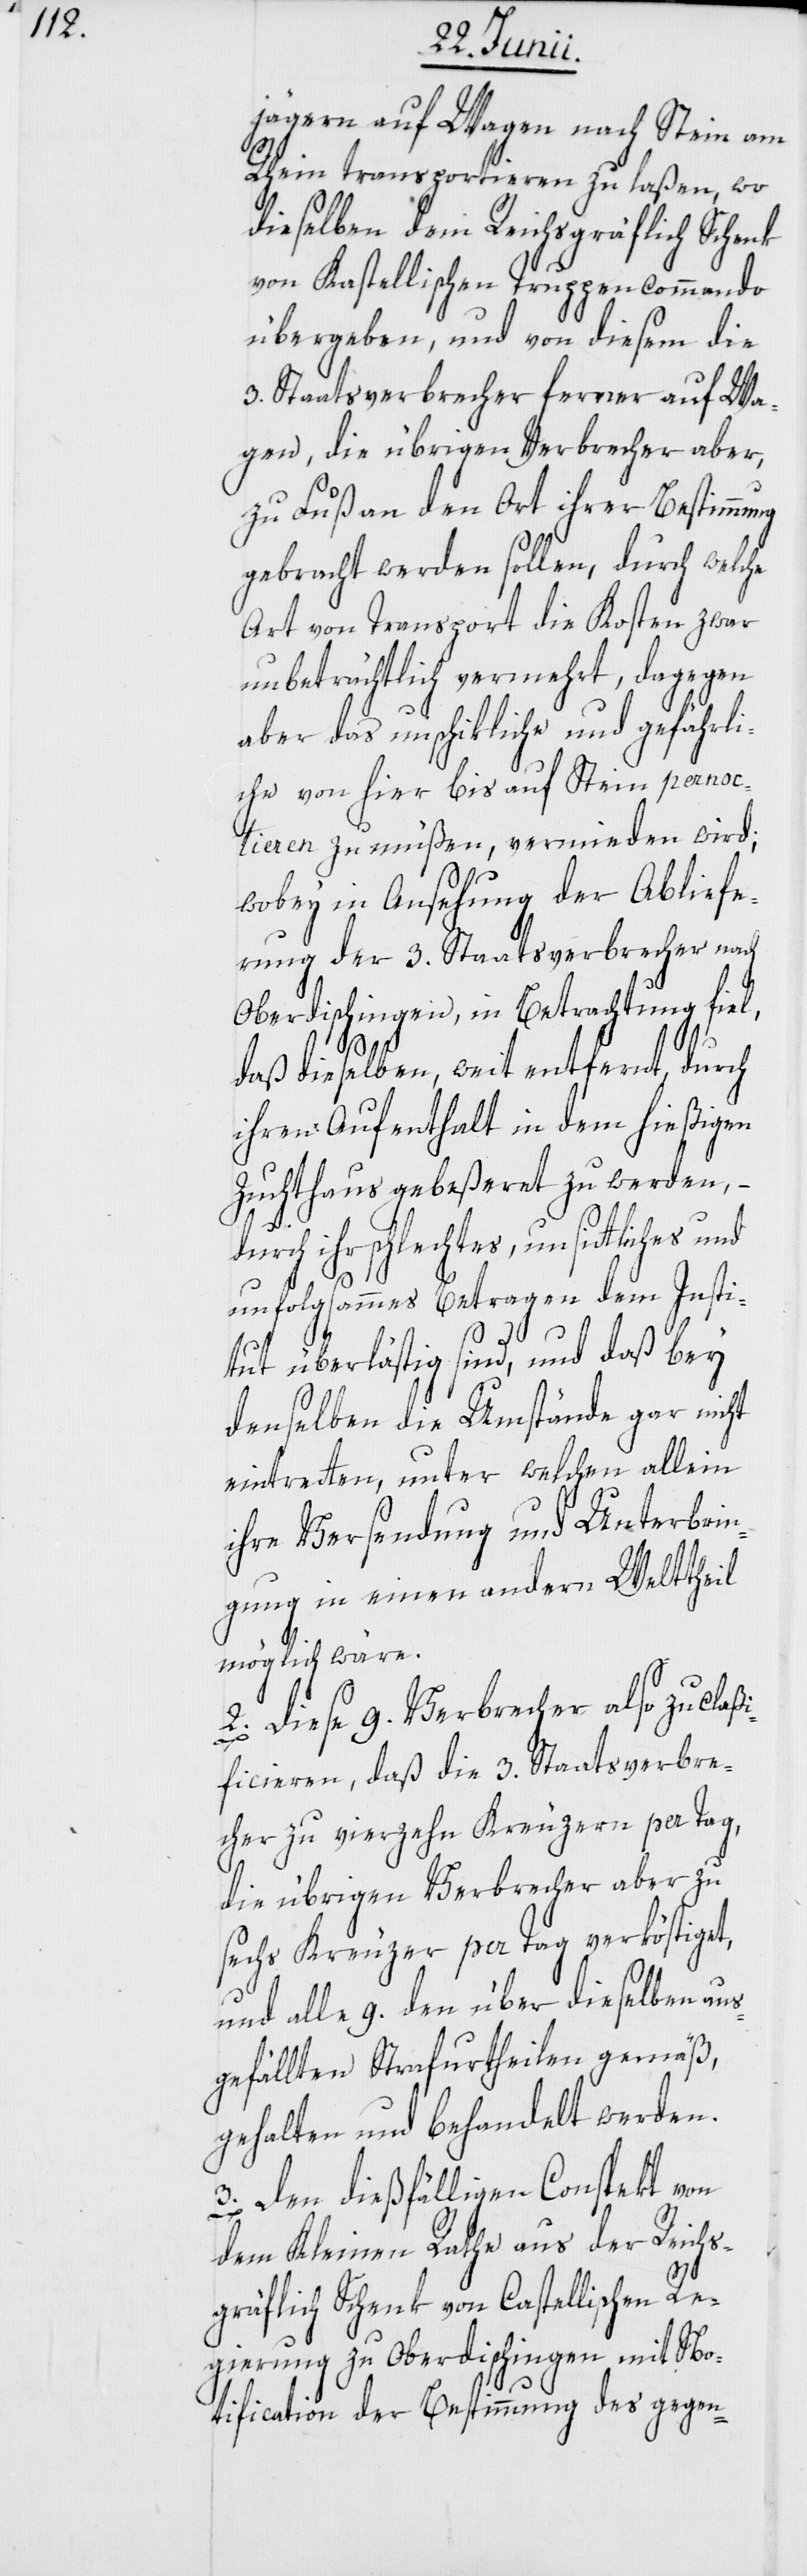
jägern auf Wagen nach Stein am
Rhein transportieren zu laßen, wo
dieselben dem Reichsgräflich Schenk
von Kastellischen Truppencommando
übergeben, und von diesem die
3. Staatsverbrecher ferner auf Wa¬
gen, die übrigen Verbrecher aber,
zu Fuß an den Ort ihrer Bestimmung
gebracht werden sollen, durch welche
Art von Transport die Kosten zwar
unbeträchtlich vermehrt, dagegen
aber das unschikliche und gefährli¬
che von hier bis auf Stein pernoc¬
tieren zu müßen, vermieden wird;
wobey in Ansehung der Abliefe¬
rung der 3. Staatsverbrecher nach
Oberdischingen, in Betrachtung fiel,
daß dieselben, weit entfernt, durch
ihren Aufenthalt in dem hießigen
Zuchthaus gebeßeret zu werden,
durch ihr schlechtes, unsittliches und
unfolgsammes Betragen dem Insti¬
tut überlästig sind, und daß bey
denselben die Umstände gar nicht
eintretten, unter welchen allein
ihre Versendung und Unterbrin¬
gung in einen andern Welttheil
möglich wäre.
2. Diese 9. Verbrecher also zu claßi¬
ficieren, daß die 3. Staatsverbre¬
cher zu vierzehn Kreuzern per Tag,
die übrigen Verbrecher aber zu
sechs Kreuzer per Tag verköstiget,
und alle 9. den über dieselben aus¬
gefällten Strafurtheilen gemäß,
gehalten und behandelt werden.
3. Den dießfälligen Conspekt von
dem Kleinen Rathe aus der Reichs¬
gräflich Schenk von Castellischen Re¬
gierung zu Oberdischingen mit No¬
tification der Bestimmung des gegen-